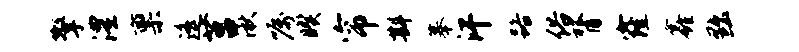
擎澧禀遥莒湫嘱暌帘斟摹汗路俗膂窿鑫黜